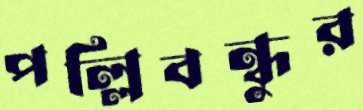
পল্লিবন্ধুর